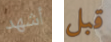
أشهد قبل